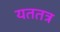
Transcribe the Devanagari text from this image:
यततत्र